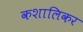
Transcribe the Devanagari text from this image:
कशालिकर